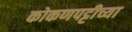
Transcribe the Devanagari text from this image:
कोकणपट्टीच्या